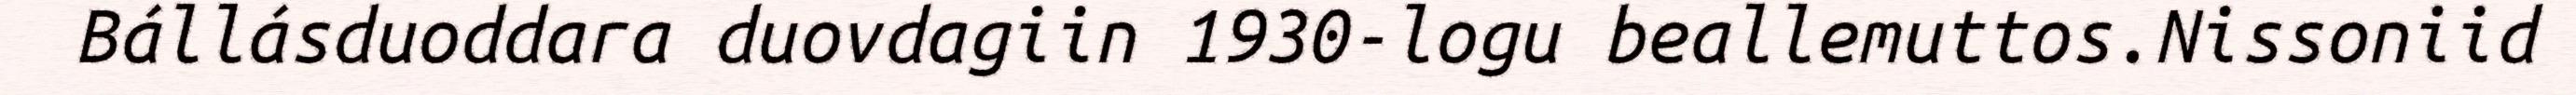
Bállásduoddara duovdagiin 1930-logu beallemuttos.Nissoniid